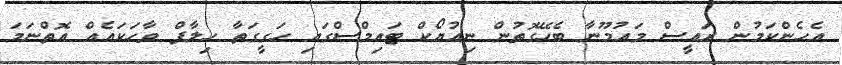
އެހެންކަމުން ރައީސް މައުމޫނާ ބެހޭގޮތުން ނިއުޔޯކް ޓައިމްސްގައި ހަގީގަތާ ހިލާފް ވާހަކައެއް އޮތްނަމަ